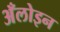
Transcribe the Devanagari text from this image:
अँलोइन